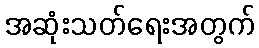
အဆုံးသတ်ရေးအတွက်